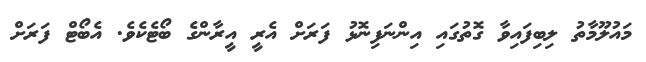
މައުލޫމާތު ލިބިފައިވާ ގޮތުގައި އިންނަފިނޮޅު ފަރަށް އެރީ އީރާންގެ ބޯޓެކެވެ. އެބޯޓް ފަރަށް